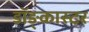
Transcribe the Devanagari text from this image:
डॉङ्कास्टर